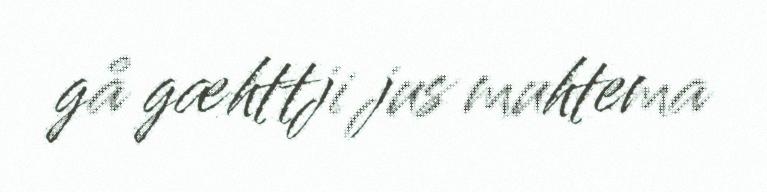
gå gæhttji jus muhtema